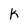
Character: k